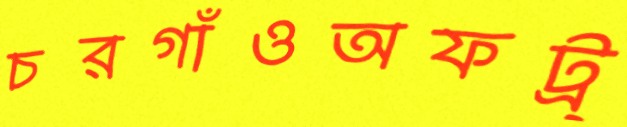
চরগাঁওঅফট্র্